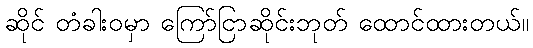
ဆိုင် တံခါးဝမှာ ကြော်ငြာဆိုင်းဘုတ် ထောင်ထားတယ်။